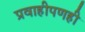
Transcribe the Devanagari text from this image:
प्रवाहीपणही